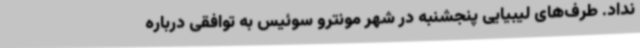
نداد. طرف‌های لیبیایی پنجشنبه در شهر مونترو سوئیس به توافقی درباره